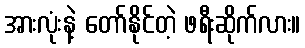
အားလုံးနဲ့ တော်နိုင်တဲ့ ဖရီးဆိုက်လား။